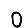
Digit: 0